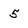
Character: 5